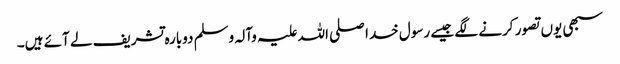
سبھی یوں تصور کرنے لگے جیسے رسول خدا صلی اللہ علیہ وآلہ وسلم دوبارہ تشریف لے آئے ہیں۔